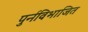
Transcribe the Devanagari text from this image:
पुर्नविभाजित